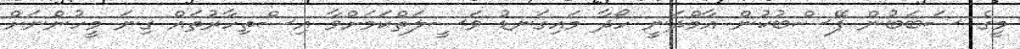
މީގެ ސަބަބުން ފޭސްބުކުން އާމްދަނީ ހޯދާ މައިގަނޑު ވަސީލަތްކަމަށްވާ އިސްތިހާރުތައް ގިނަ މީހުންނަށް